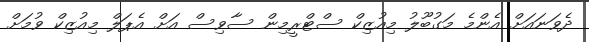
ދެވަނައަށް އެންމެ މަގުބޫލު މިއުޒިކް ސްޓްރީމިން ސާވިސް އަށް އެޕަލް މިއުޒިކް ވުމަށް